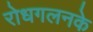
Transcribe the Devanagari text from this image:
रोधगलनके